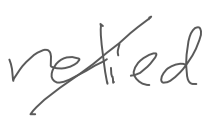
Text: relied
Cross-out: diagonal
Writing tool: digital_gray